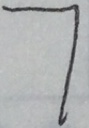
7